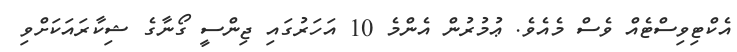
އެކްޓިވިސްޓެއް ވެސް މެއެވެ. ޢުމުރުން އެންމެ 10 އަހަރުގައި ޖިންސީ ގޯނާގެ ޝިކާރައަކަށްވި